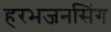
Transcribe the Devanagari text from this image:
हरभजनसिंग